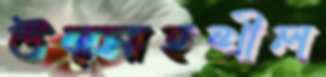
উত্সাহশীল